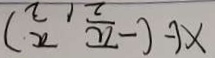
x \in ( - \frac { \pi } { 2 } , \frac { \pi } { 2 } )